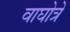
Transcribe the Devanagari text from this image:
वाघोत्रे